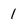
Character: 1